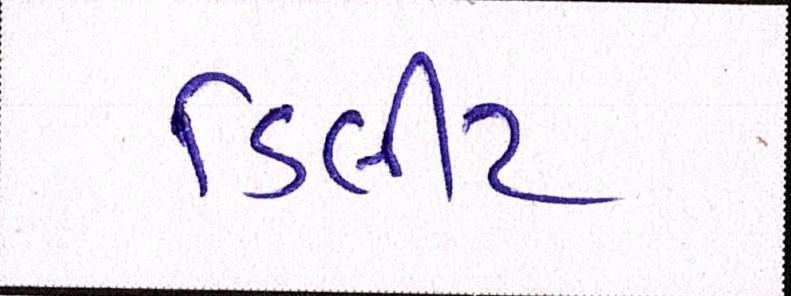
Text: ડિલીટ